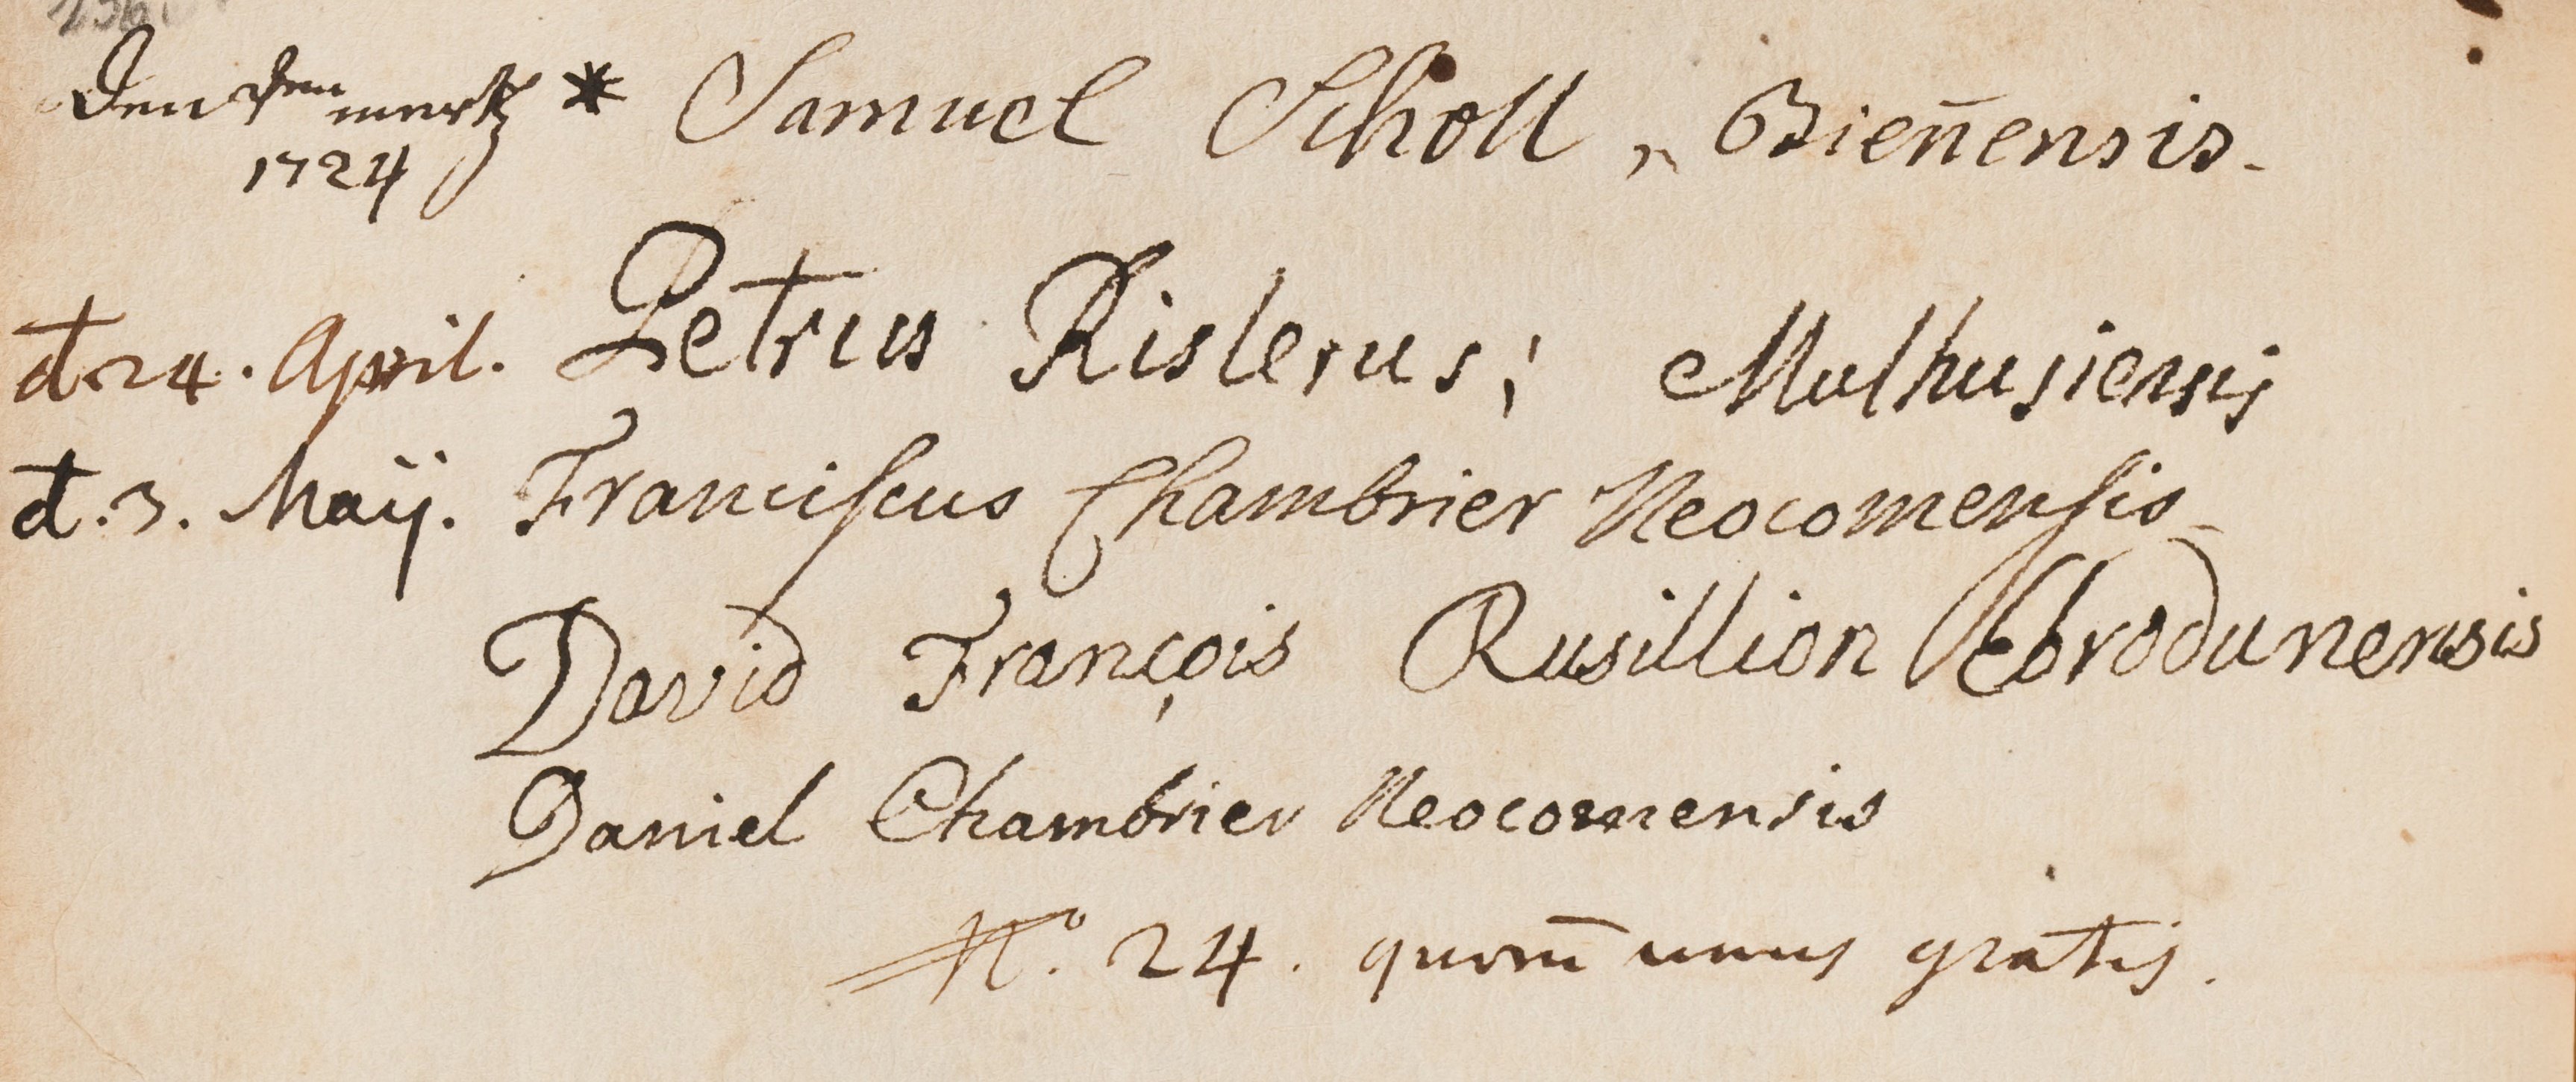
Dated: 1599–1837